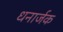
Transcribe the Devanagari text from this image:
धनार्जक